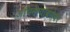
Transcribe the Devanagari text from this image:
अभिनेत्याबरोबर